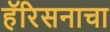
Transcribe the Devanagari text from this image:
हॅरिसनाचा